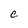
Character: C